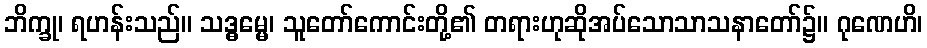
ဘိက္ခု၊ ရဟန်းသည်။ သဒ္ဓမ္မေ၊ သူတော်ကောင်းတို့၏ တရားဟုဆိုအပ်သောသာသနာတော်၌။ ဂုဏေဟိ၊